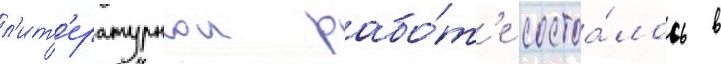
л'ит'ературнои рабо́т'е состоа́лось в